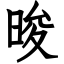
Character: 晙